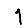
Digit: 1